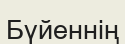
Бүйеннің